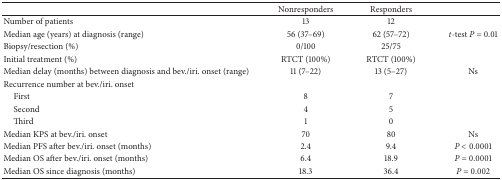
<table><thead><tr><td><b> </b></td><td><b>Nonresponders</b></td><td><b>Responders</b></td><td><b> </b></td></tr></thead><tbody><tr><td>Number of patients</td><td>13</td><td>12</td><td> </td></tr><tr><td>Median age (years) at diagnosis (range)</td><td>56 (37–69)</td><td>62 (57–72)</td><td><i>t</i>-test <i>P</i> = 0.01</td></tr><tr><td>Biopsy/resection (%)</td><td>0/100</td><td>25/75</td><td> </td></tr><tr><td>Initial treatment (%)</td><td>RTCT (100%)</td><td>RTCT (100%)</td><td> </td></tr><tr><td>Median delay (months) between diagnosis and bev./iri. onset (range)</td><td>11 (7–22)</td><td>13 (5–27)</td><td>Ns</td></tr><tr><td>Recurrence number at bev./iri. onset</td><td> </td><td> </td><td> </td></tr><tr><td> First</td><td>8</td><td>7</td><td> </td></tr><tr><td> Second</td><td>4</td><td>5</td><td> </td></tr><tr><td> Third</td><td>1</td><td>0</td><td> </td></tr><tr><td>Median KPS at bev./iri. onset</td><td>70</td><td>80</td><td>Ns</td></tr><tr><td>Median PFS after bev./iri. onset (months)</td><td>2.4</td><td>9.4</td><td><i>P</i> &lt; 0.0001</td></tr><tr><td>Median OS after bev./iri. onset (months)</td><td>6.4</td><td>18.9</td><td><i>P</i> = 0.0001</td></tr><tr><td>Median OS since diagnosis (months)</td><td>18.3</td><td>36.4</td><td><i>P</i> = 0.002</td></tr></tbody></table>